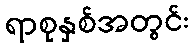
ရာစုနှစ်အတွင်း